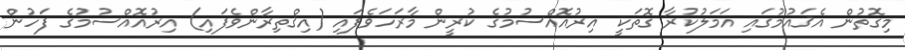
މިގޮތުން އެޤައުމުގައި އަމަލުކުރާ ގޮތަކީ އިރުއޮއްސުމުގެ ކުރީން މާރަހަވެފައި (އިޤްތިރާންވެފައި) އިރުއޮއްސުމުގެ ފަހުން